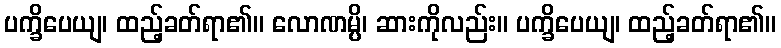
ပက္ခိပေယျ၊ ထည့်ခတ်ရာ၏။ လောဏမ္ပိ၊ ဆားကိုလည်း။ ပက္ခိပေယျ၊ ထည့်ခတ်ရာ၏။